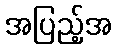
အပြည့်အ